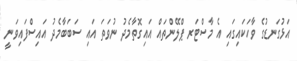
އަޅުގަނޑުގެ ވާހަކައިގައި އެ މާސްޓަރ ޕްލޭންތައް އައިގޮތާމެދު ނުވަތަ އައި ސަބަބާމެދު އައިސްފައިވަނީ